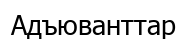
Адъюванттар